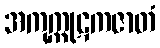
အကုက္ကုဋကဇာတံ